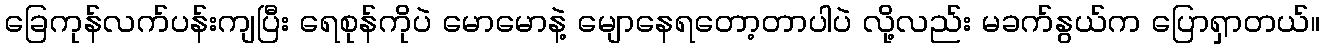
ခြေကုန်လက်ပန်းကျပြီး ရေစုန်ကိုပဲ မောမောနဲ့ မျောနေရတော့တာပါပဲ လို့လည်း မခက်နွယ်က ပြောရှာတယ်။